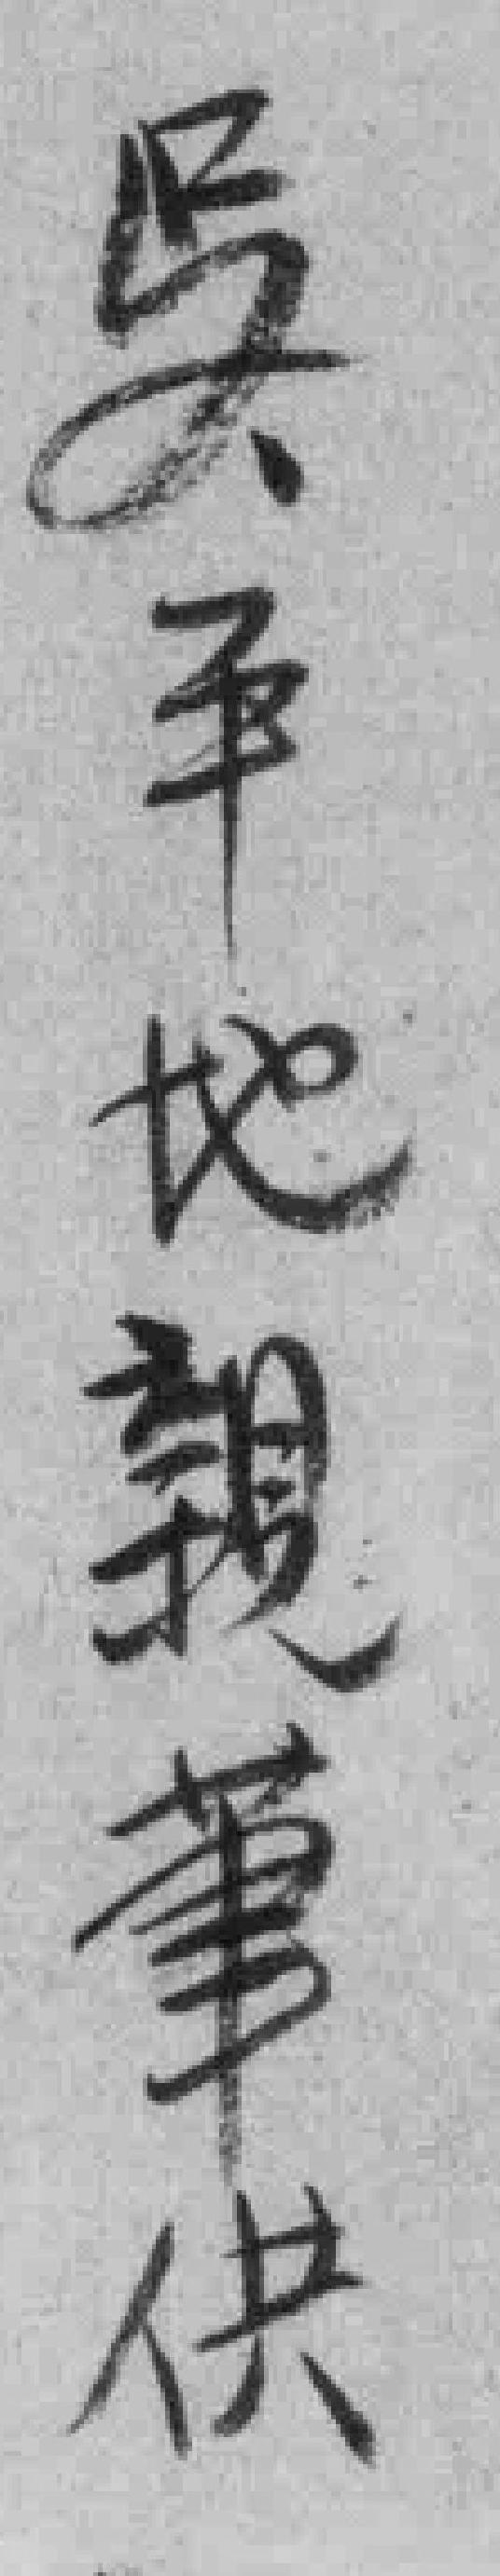
吳平地親筆供